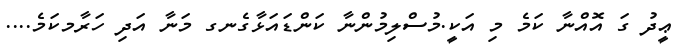
ޢީދު ގަ އޮއްނާ ކަމެ މި އަކީ.މުސްލިމުންނާ ކަންޑައަޅާގެނގ މަނާ އަދި ހަރާމކަމެ....